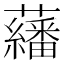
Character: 𱿃